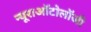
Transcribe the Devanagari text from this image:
न्यूराऑटोलॉजी